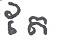
តែ